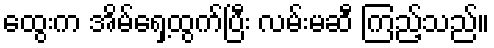
ထွေးက အိမ်ရှေ့ထွက်ပြီး လမ်းမဆီ ကြည့်သည်။